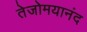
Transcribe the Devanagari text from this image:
तेजोमयानंद